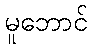
မူဘောင်